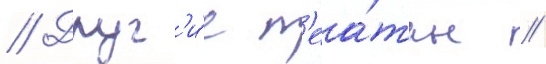
// Друг'и́е т'еа́тры //